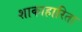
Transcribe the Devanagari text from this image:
शाकाहारिता